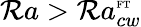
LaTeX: \mathcal{R}a>\mathcal{R}a_{cw}^{\mathrm{{\tiny{FT}}}}